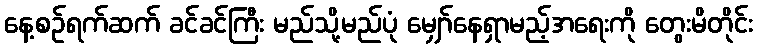
နေ့စဉ်ရက်ဆက် ခင်ခင်ကြီး မည်သို့မည်ပုံ မျှော်နေရှာမည့်အရေးကို တွေးမိတိုင်း